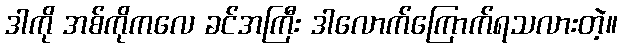
ဒါကို အစ်ကိုကလေ ခင်အကြီး ဒါလောက်ကြောက်ရသလားတဲ့။